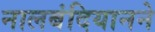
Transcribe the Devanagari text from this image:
नालबंदियानने